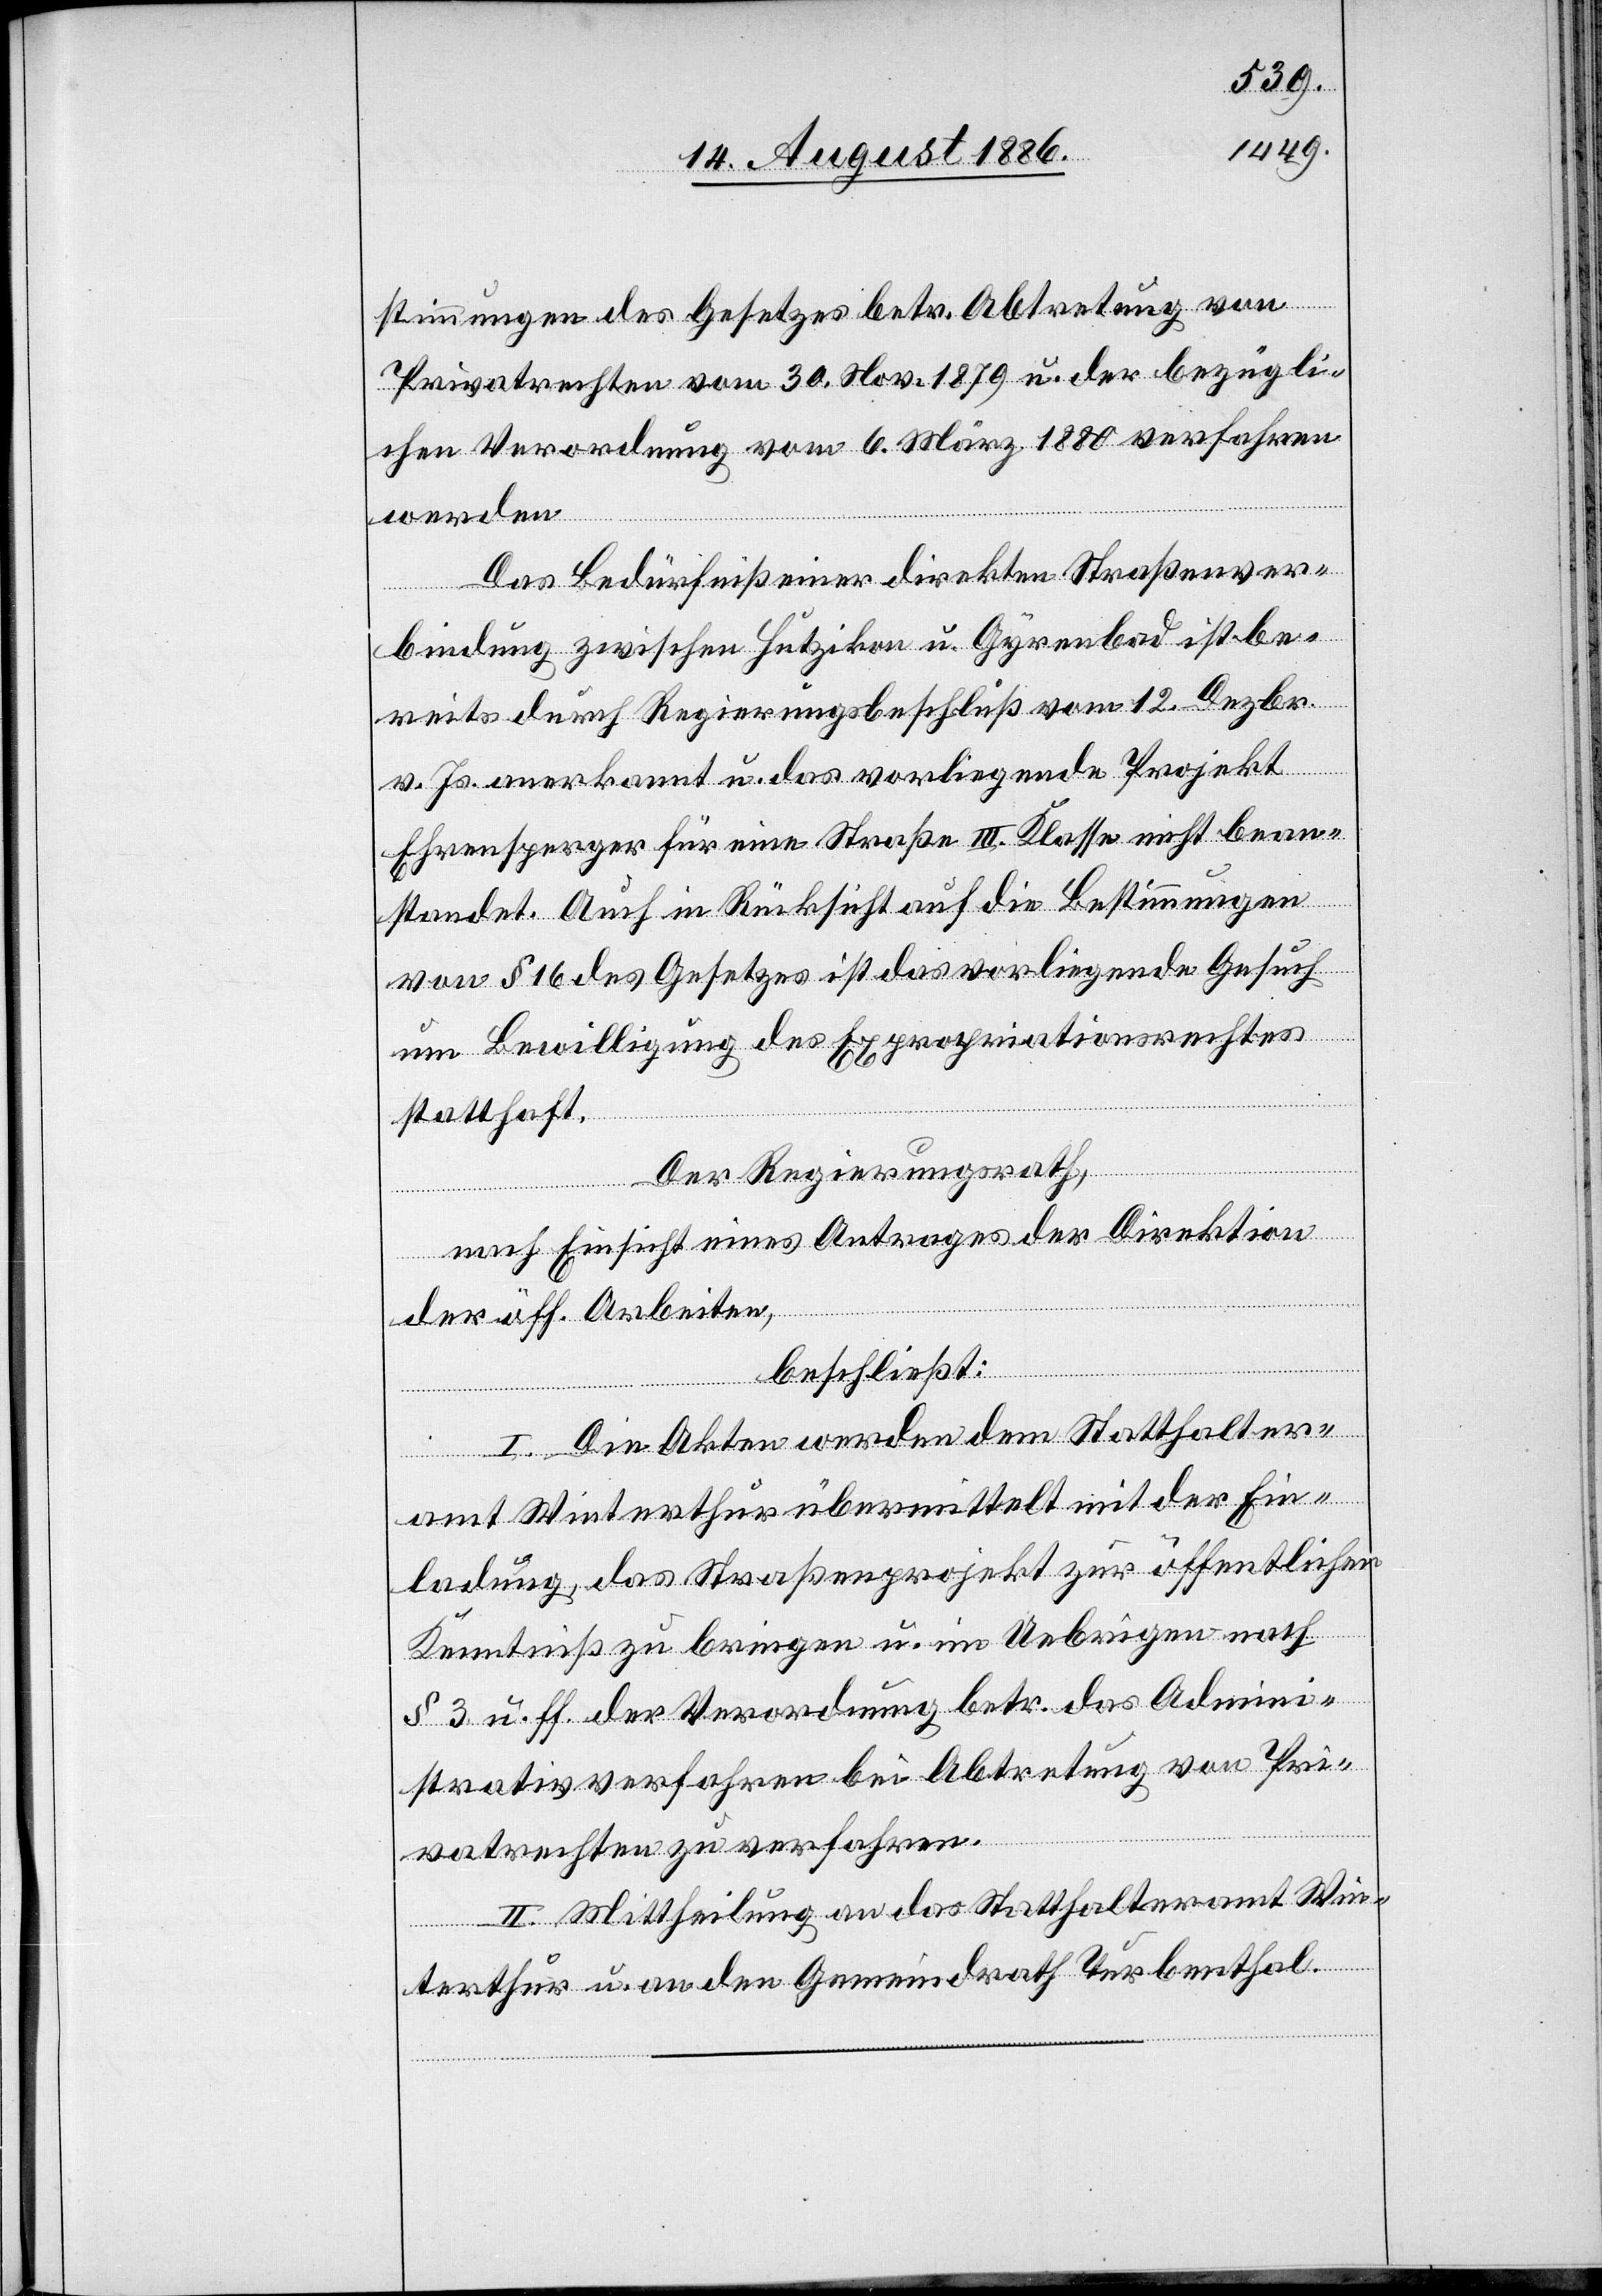
stimmungen des Gesetzes betr. Abtretung von
Privatrechten vom 30. Nov. 1879 u. der bezügli¬
chen Verordnung vom 6. März 1880 verfahren
werden.
Das Bedürfniß einer direkten Straßenver¬
bindung zwischen Hutzikon u. Gyrenbad ist be¬
reits durch Regierungsbeschluß vom 12. Dezbr.
v. Js. anerkannt u. das vorliegende Projekt
Ehrensperger für eine Straße III. Klasse nicht bean¬
standet. Auch in Rücksicht auf die Bestimmungen
von § 16 des Gesetzes ist das vorliegende Gesuch
um Bewilligung des Expropriationsrechtes
statthaft.
Der Regierungsrath,
nach Einsicht eines Antrages der Direktion
der öff. Arbeiten,
beschließt:
I. Die Akten werden dem Statthalter¬
amt Winterthur übermittelt mit der Ein¬
ladung, das Straßenprojekt zur öffentlichen
Kenntniß zu bringen u. im Uebrigen nach
§ 3 u. ff. der Verordnung betr. das Admini¬
strativverfahren bei Abtretung von Pri¬
vatrechten zu verfahren.
II. Mittheilung an das Statthalteramt Win¬
terthur u. an den Gemeindrath Turbenthal.